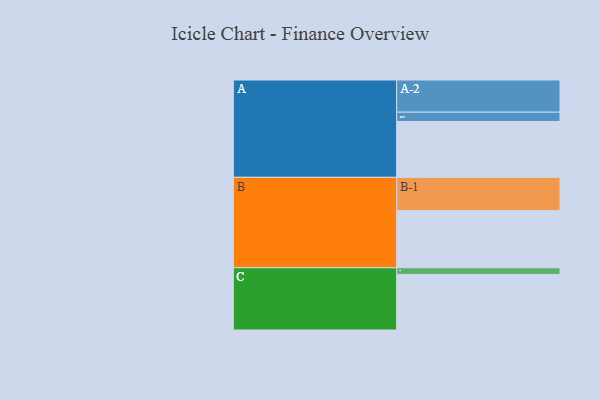
{"axis": {"x": "Segment", "y": "Value"}, "legend": ["", "A", "B", "C"], "data": [{"x": "A", "y": 474, "type": ""}, {"x": "B", "y": 485, "type": ""}, {"x": "C", "y": 472, "type": ""}, {"x": "A-1", "y": 79, "type": "A"}, {"x": "A-2", "y": 273, "type": "A"}, {"x": "B-1", "y": 283, "type": "B"}, {"x": "C-1", "y": 56, "type": "C"}]}